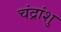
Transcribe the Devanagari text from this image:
चंद्रांशु